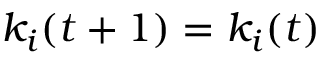
k _ { i } ( t + 1 ) = k _ { i } ( t )